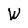
Character: W